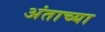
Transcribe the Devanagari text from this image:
अंताच्या